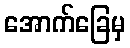
အောက်ခြေမှ